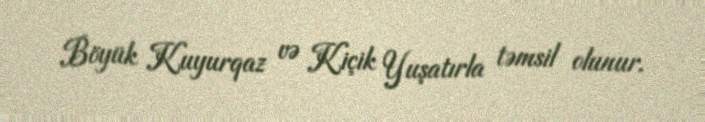
Böyük Kuyurqaz və Kiçik Yuşatırla təmsil olunur.